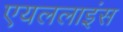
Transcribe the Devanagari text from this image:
एयललाइंस